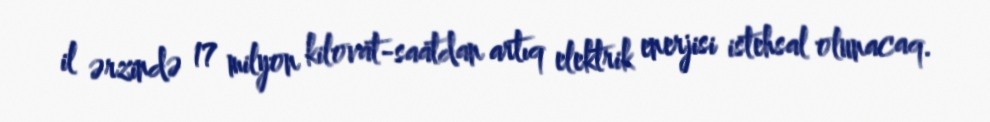
il ərzində 17 milyon kilovat-saatdan artıq elektrik enerjisi istehsal olunacaq.